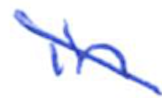
Text: in
Cross-out: diagonal
Writing tool: ballpoint